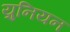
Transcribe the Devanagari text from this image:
य़ुनियन